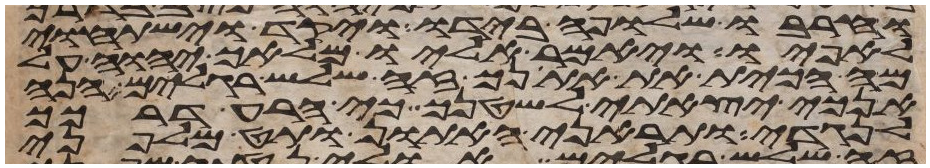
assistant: וחרבו שלופה בידו ויקד וישתחוי
לאפיו ויאמר אליו מלאך יהוה על
מה הכית את אתנך זה שלש רגלים הנה
אנכי יצאתי לשטנך כי הרע דרכך
לנגדי ותראני האתון ותט מלפני